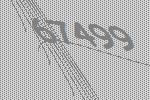
67499